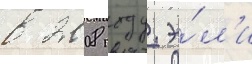
в 2008 году. э́л'и